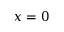
x = 0